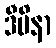
ဒီပိနာ